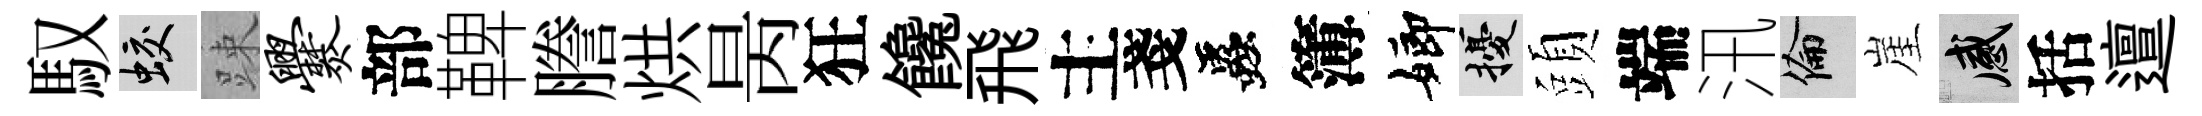
馭蛟踈爨部鞞謄烘昺狂饞飛主戔蟲簿嫏擾頭端汛倫崖感括邅